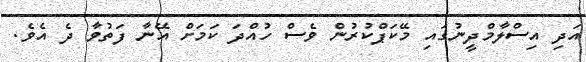
އަދި އިސްލާމްދީނުގައި މޭކަޕްކުރުން ވެސް ހުއްދަ ކަމަށް އޭނާ ފަތުވާ ދެ އެވެ.